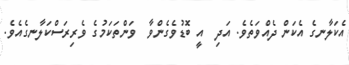
އެކަލާނގެ އެކަން ދެއްވަތެވެ. އަދި  އީ ބޮޑުވެގެންވާ  ވަންތަކަމުގެ ވެރިރަސްކަލާނގެއެވެ.